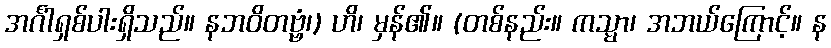
အင်္ဂါရှစ်ပါးရှိသည်။ နဘဝိတဗ္ဗံ၊) ဟိ၊ မှန်၏။ (တစ်နည်း။ ကသ္မာ၊ အဘယ်ကြောင့်။ န